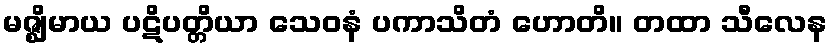
မဇ္ဈိမာယ ပဋိပတ္တိယာ သေဝနံ ပကာသိတံ ဟောတိ။ တထာ သီလေန